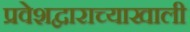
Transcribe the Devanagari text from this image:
प्रवेशद्वाराच्याखाली